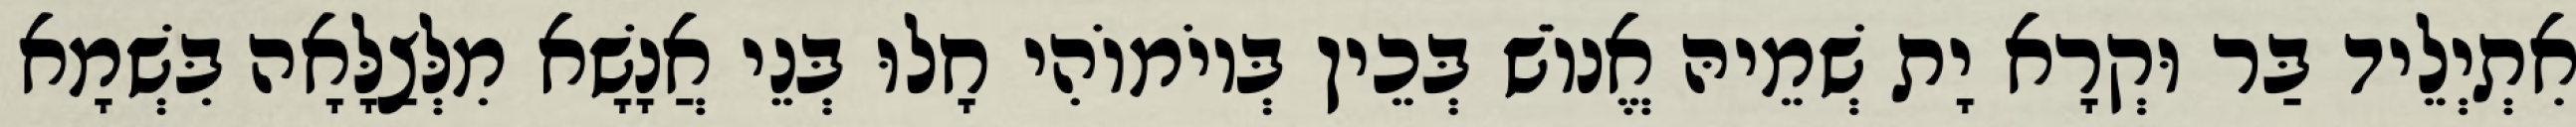
אִתְיְלֵיד בַּר וּקְרָא יָת שְׁמֵיהּ אֱנוֹשׁ בְּכֵין בְּיוֹמוֹהִי חָלוּ בְּנֵי אֲנָשָׁא מִלְּצַלָּאָה בִּשְׁמָא